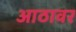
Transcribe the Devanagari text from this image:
आठावर